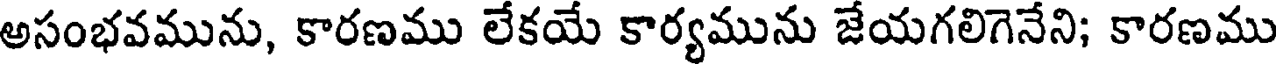
అసంభవమును, కారణము లేకయే కార్యమును జేయగలిగెనేని; కారణము